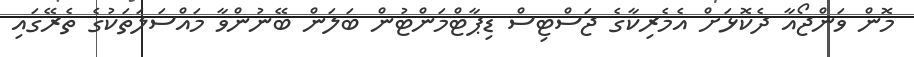
މޮން ވަންޖޯއާ ދެކޮޅަށް އެމެރިކާގެ ޖަސްޓިސް ޑިޕާޓްމަންޓުން ބަލަން ބޭނުންވާ މައްސަލަތަކުގެ ތެރޭގައި